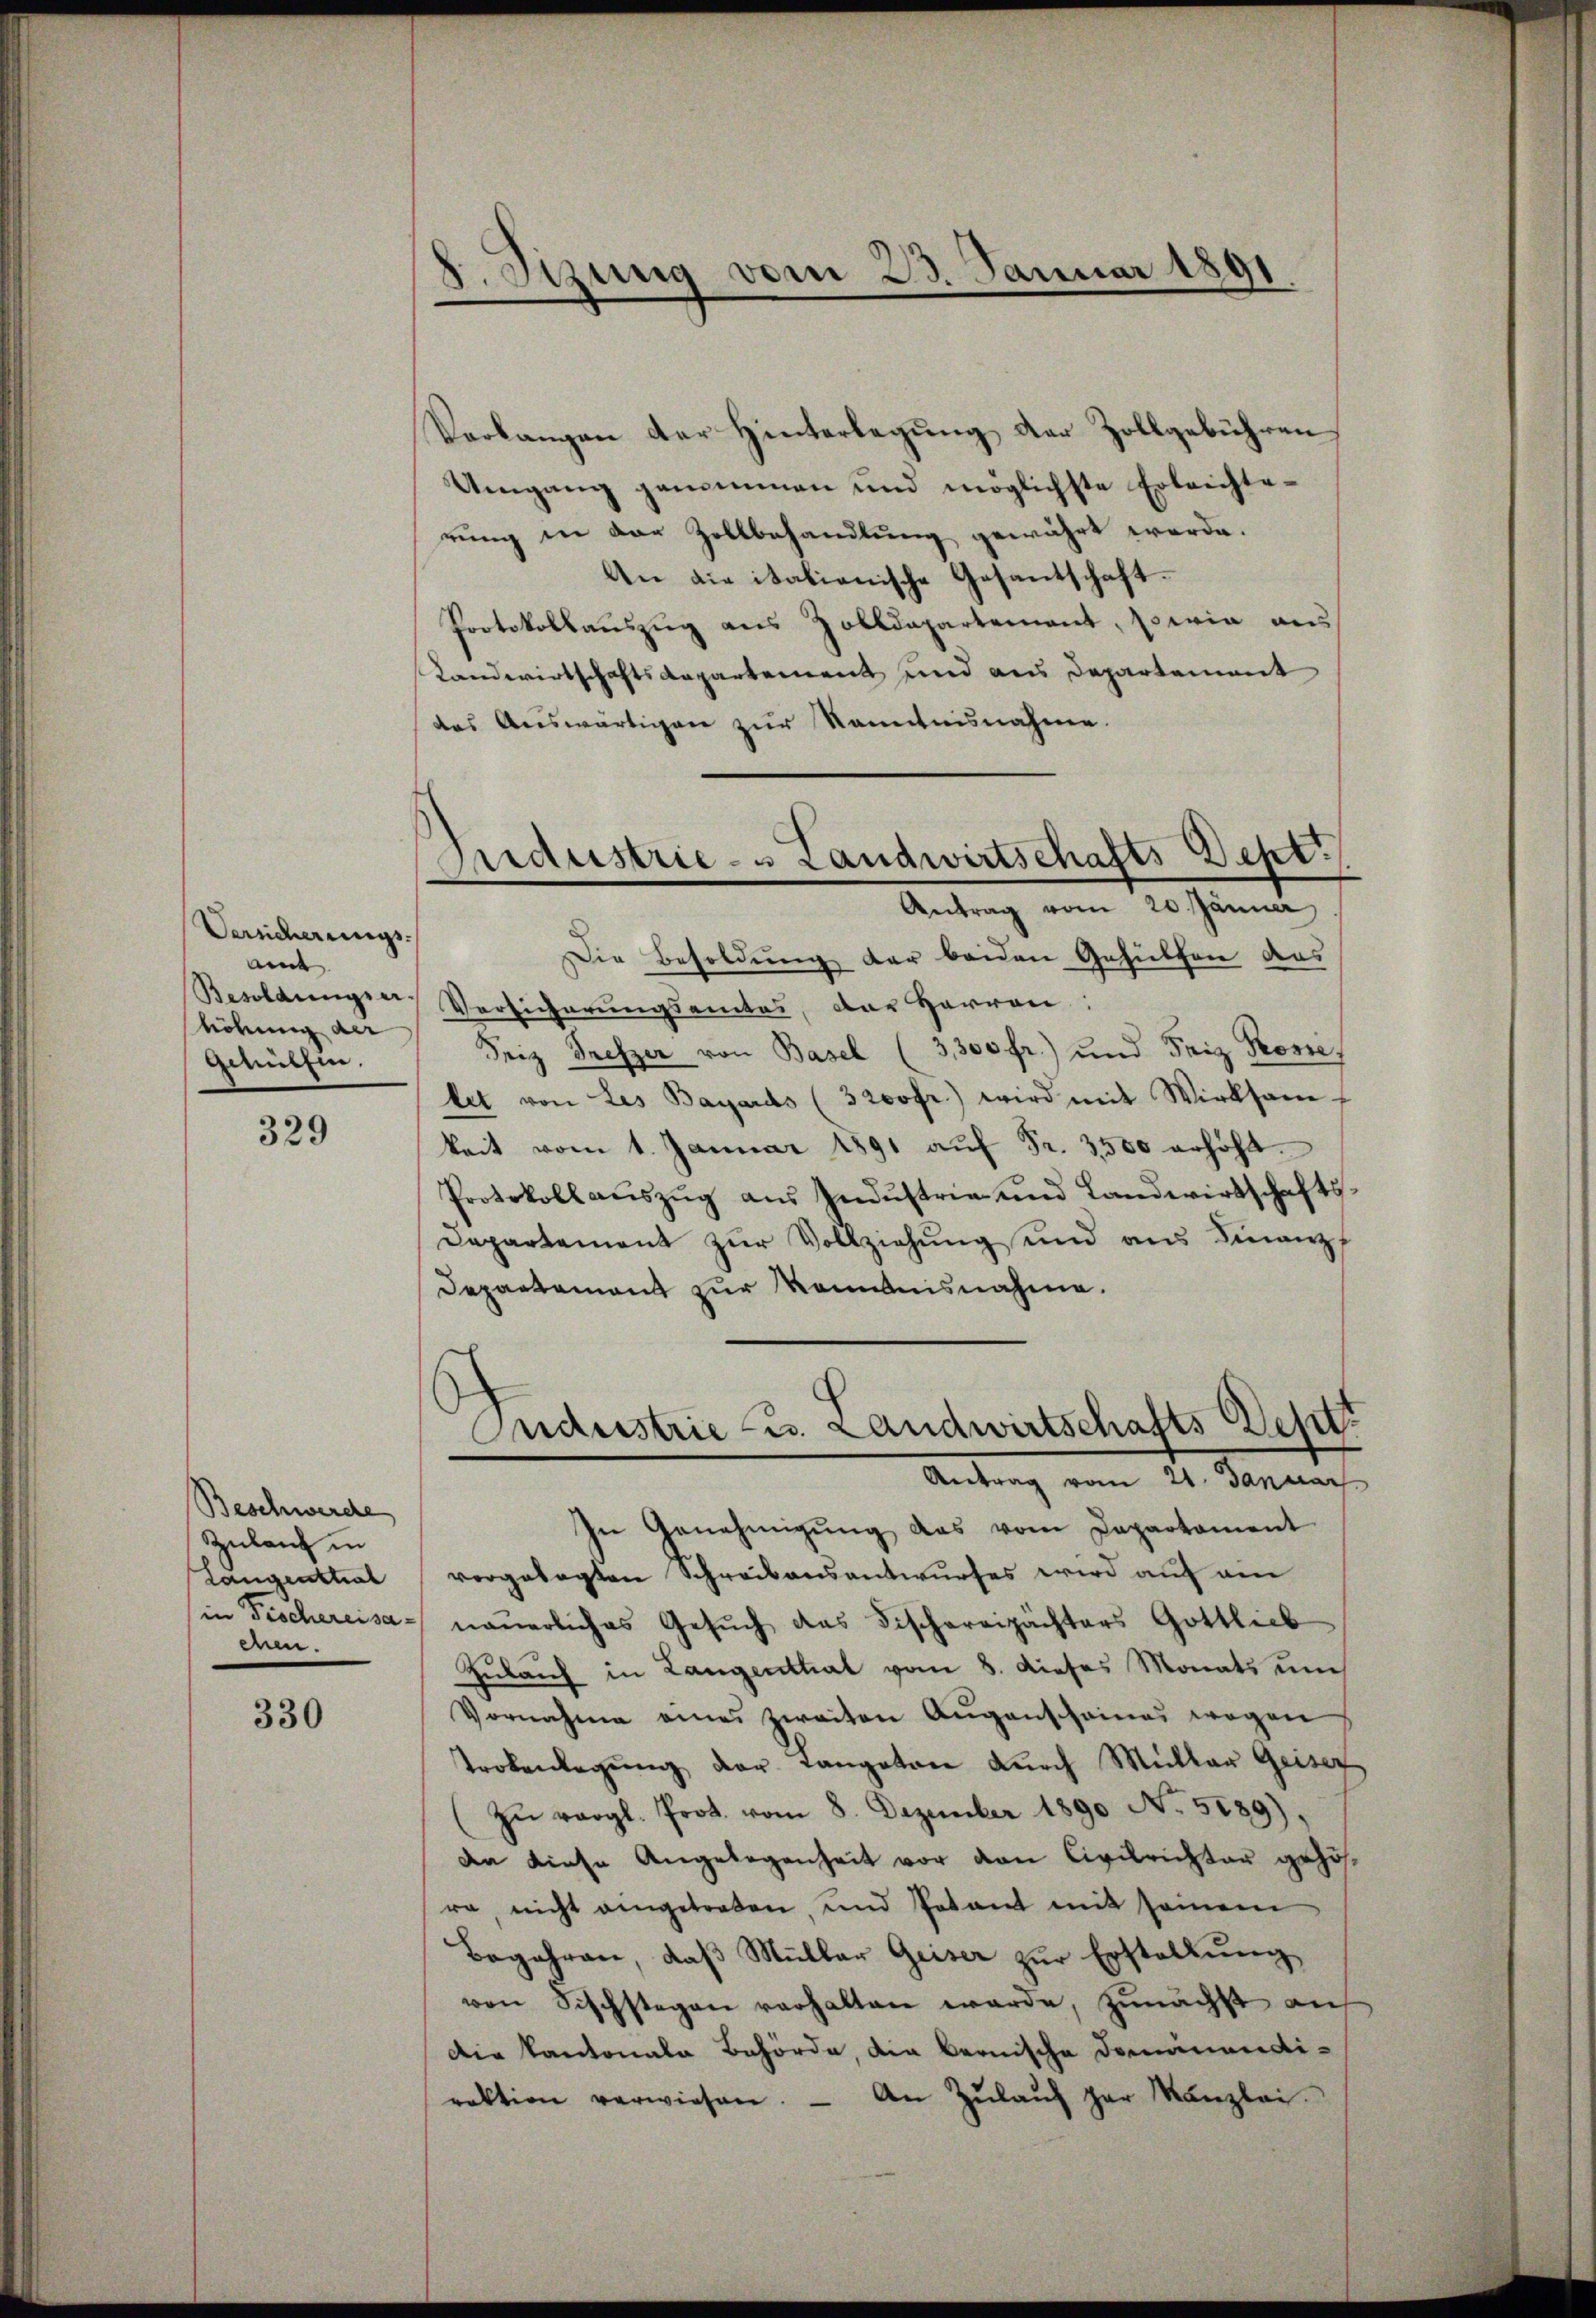
Versicherungs-
ande
Besoldungserhöhung an
Gehülfen.

329

Beschwerde
Zulauf in
Langential
in Fröchereisa
chen.

330

8. Stung vom 23. Januar 1891

Industrie- u Landwirtschafts-Dept.
Antrag vom 20. Jänner

Verlangen der Hinterlegung der Zollgebühren
Umgang genommen und möglichste Erleichterung in der Zollbehandlung gewährt werde.
An die itationische Gesantschaft.
Protokollauszug aus Zolldepartement, sowie aus
Landwirtschaftsdepartement sind aus Departement
das Auswärtigen zur Kenntnisnahme.
Die Besoldung der beiden Gehülfen des
Versicherungsamtes, der Herren:
Friz Trefzer von Basel (3,300 fr.) und Friz Pose,
let von des Bayards (3 200 fr.) wird mit Wirksam
keit vom 1. Januar 1891 aŭf Fr. 3500 erhöht.
Protokollauszug aus Industrie und Landwirtschafts¬
Departement zur Vollziehung und aus Finanz
Departement zur omnisnahme.
Industrie - u. Landwirtschafts-Dept.
Antrag vom 21. Januar
In Genehmigŭng das vom Departament
vorgelegten Schreibensantwurfes wird auf an
nauerliches Gesŭch das Fischereipächters Gottlieb
Zulauf in Langenthal vom 8. dieses Monats um
Vornahme eines zweiten Augenscheines wegen
Trokenlegŭng der Langetan dŭrch Müller Geiser
zŭ vergl. Prot. vom 8. Dezember 1890 No 5129).
dn diese Angelegenheit vor den Civilrichter gezösra, nicht angetreten, und Potant mit seinem
Begehren, daβ Müller Geiser zur Erstellung
von Fischstagen verhalten werde, zunächst auf
Die Kantonale Behörde, die bernische Dominendi-
raktion verwiesen. - An Zŭlaŭf gar Kanzlei